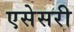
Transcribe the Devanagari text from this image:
एसेसरी